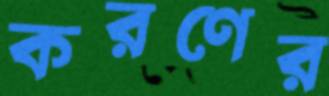
করণের